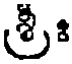
శ్రీః